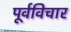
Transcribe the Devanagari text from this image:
पूर्वविचार